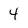
Character: 4